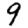
Digit: 9